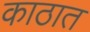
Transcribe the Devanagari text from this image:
काठात